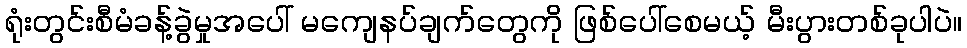
ရုံးတွင်းစီမံခန့်ခွဲမှုအပေါ် မကျေနပ်ချက်တွေကို ဖြစ်ပေါ်စေမယ့် မီးပွားတစ်ခုပါပဲ။